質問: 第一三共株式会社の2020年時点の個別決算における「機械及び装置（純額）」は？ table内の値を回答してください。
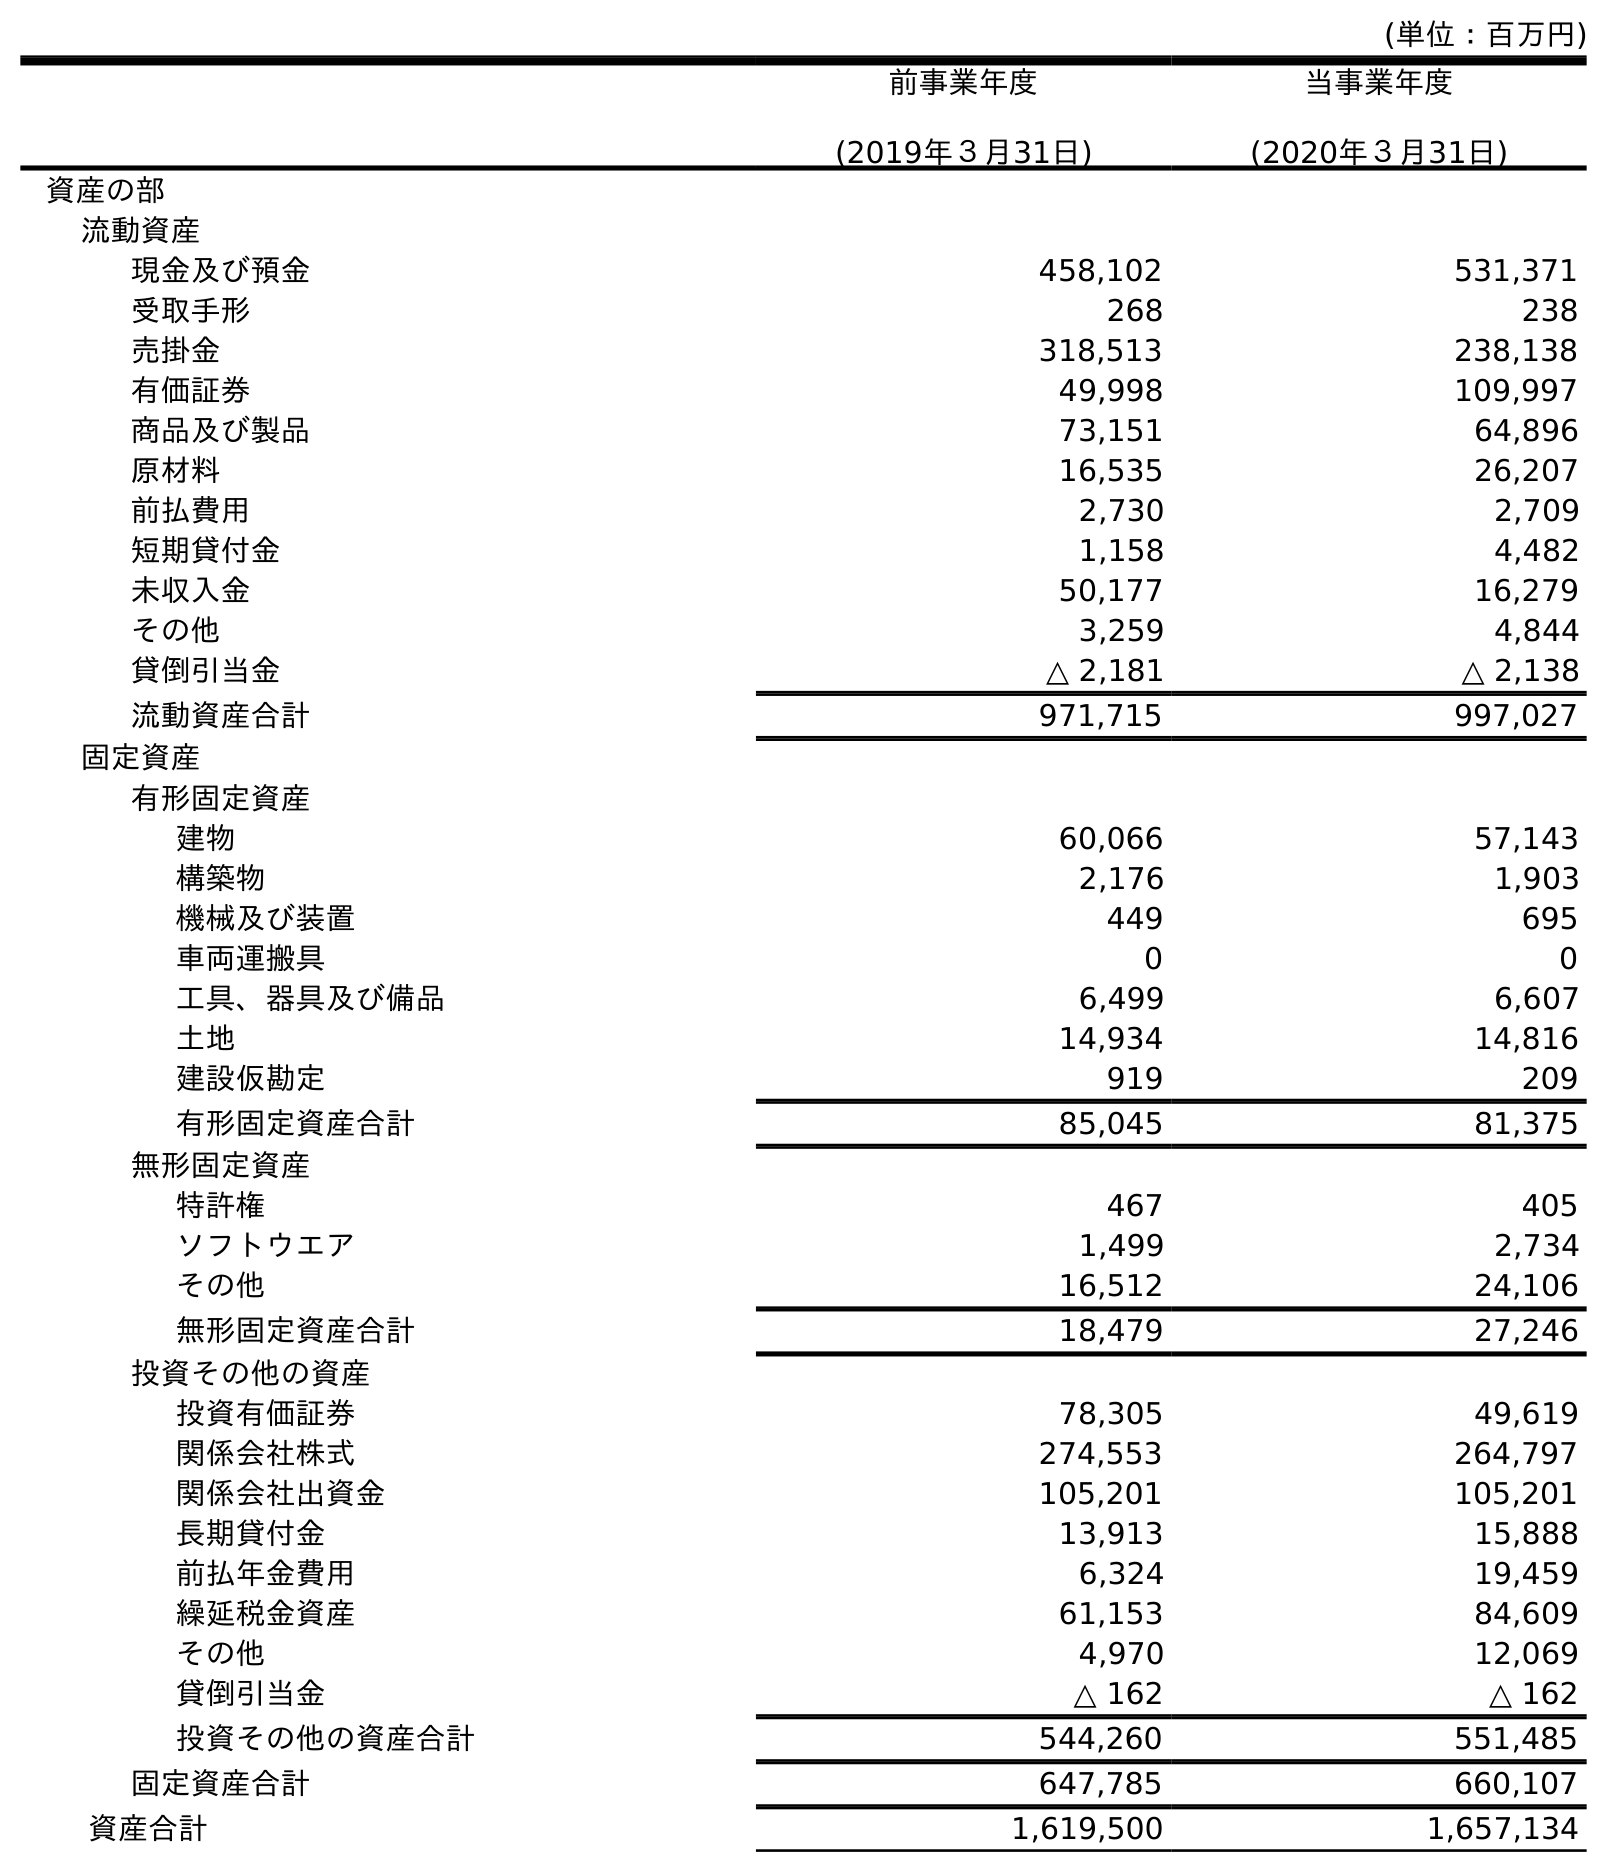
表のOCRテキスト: (単位：百万円) 前事業年度 (2019年３月31日) 当事業年度 (2020年３月31日) 資産の部 流動資産 現金及び預金 458,102 531,371 受取手形 268 238 売掛金 318,513 238,138 有価証券 49,998 109,997 商品及び製品 73,151 64,896 原材料 16,535 26,207 前払費用 2,730 2,709 短期貸付金 1,158 4,482 未収入金 50,177 16,279 その他 3,259 4,844 貸倒引当金 △ 2,181 △ 2,138 流動資産合計 971,715 997,027 固定資産 有形固定資産 建物 60,066 57,143 構築物 2,176 1,903 機械及び装置 449 695 車両運搬具 0 0 工具、器具及び備品 6,499 6,607 土地 14,934 14,816 建設仮勘定 919 209 有形固定資産合計 85,045 81,375 無形固定資産 特許権 467 405 ソフトウエア 1,499 2,734 その他 16,512 24,106 無形固定資産合計 18,479 27,246 投資その他の資産 投資有価証券 78,305 49,619 関係会社株式 274,553 264,797 関係会社出資金 105,201 105,201 長期貸付金 13,913 15,888 前払年金費用 6,324 19,459 繰延税金資産 61,153 84,609 その他 4,970 12,069 貸倒引当金 △ 162 △ 162 投資その他の資産合計 544,260 551,485 固定資産合計 647,785 660,107 資産合計 1,619,500 1,657,134
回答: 695